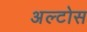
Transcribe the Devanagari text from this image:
अल्टोस